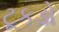
ટૂકડો